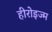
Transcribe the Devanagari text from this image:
हीरोइज्म